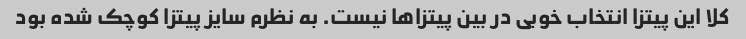
کلا این پیتزا انتخاب خوبی در بین پیتزاها نیست. به نظرم سایز پیتزا کوچک شده بود